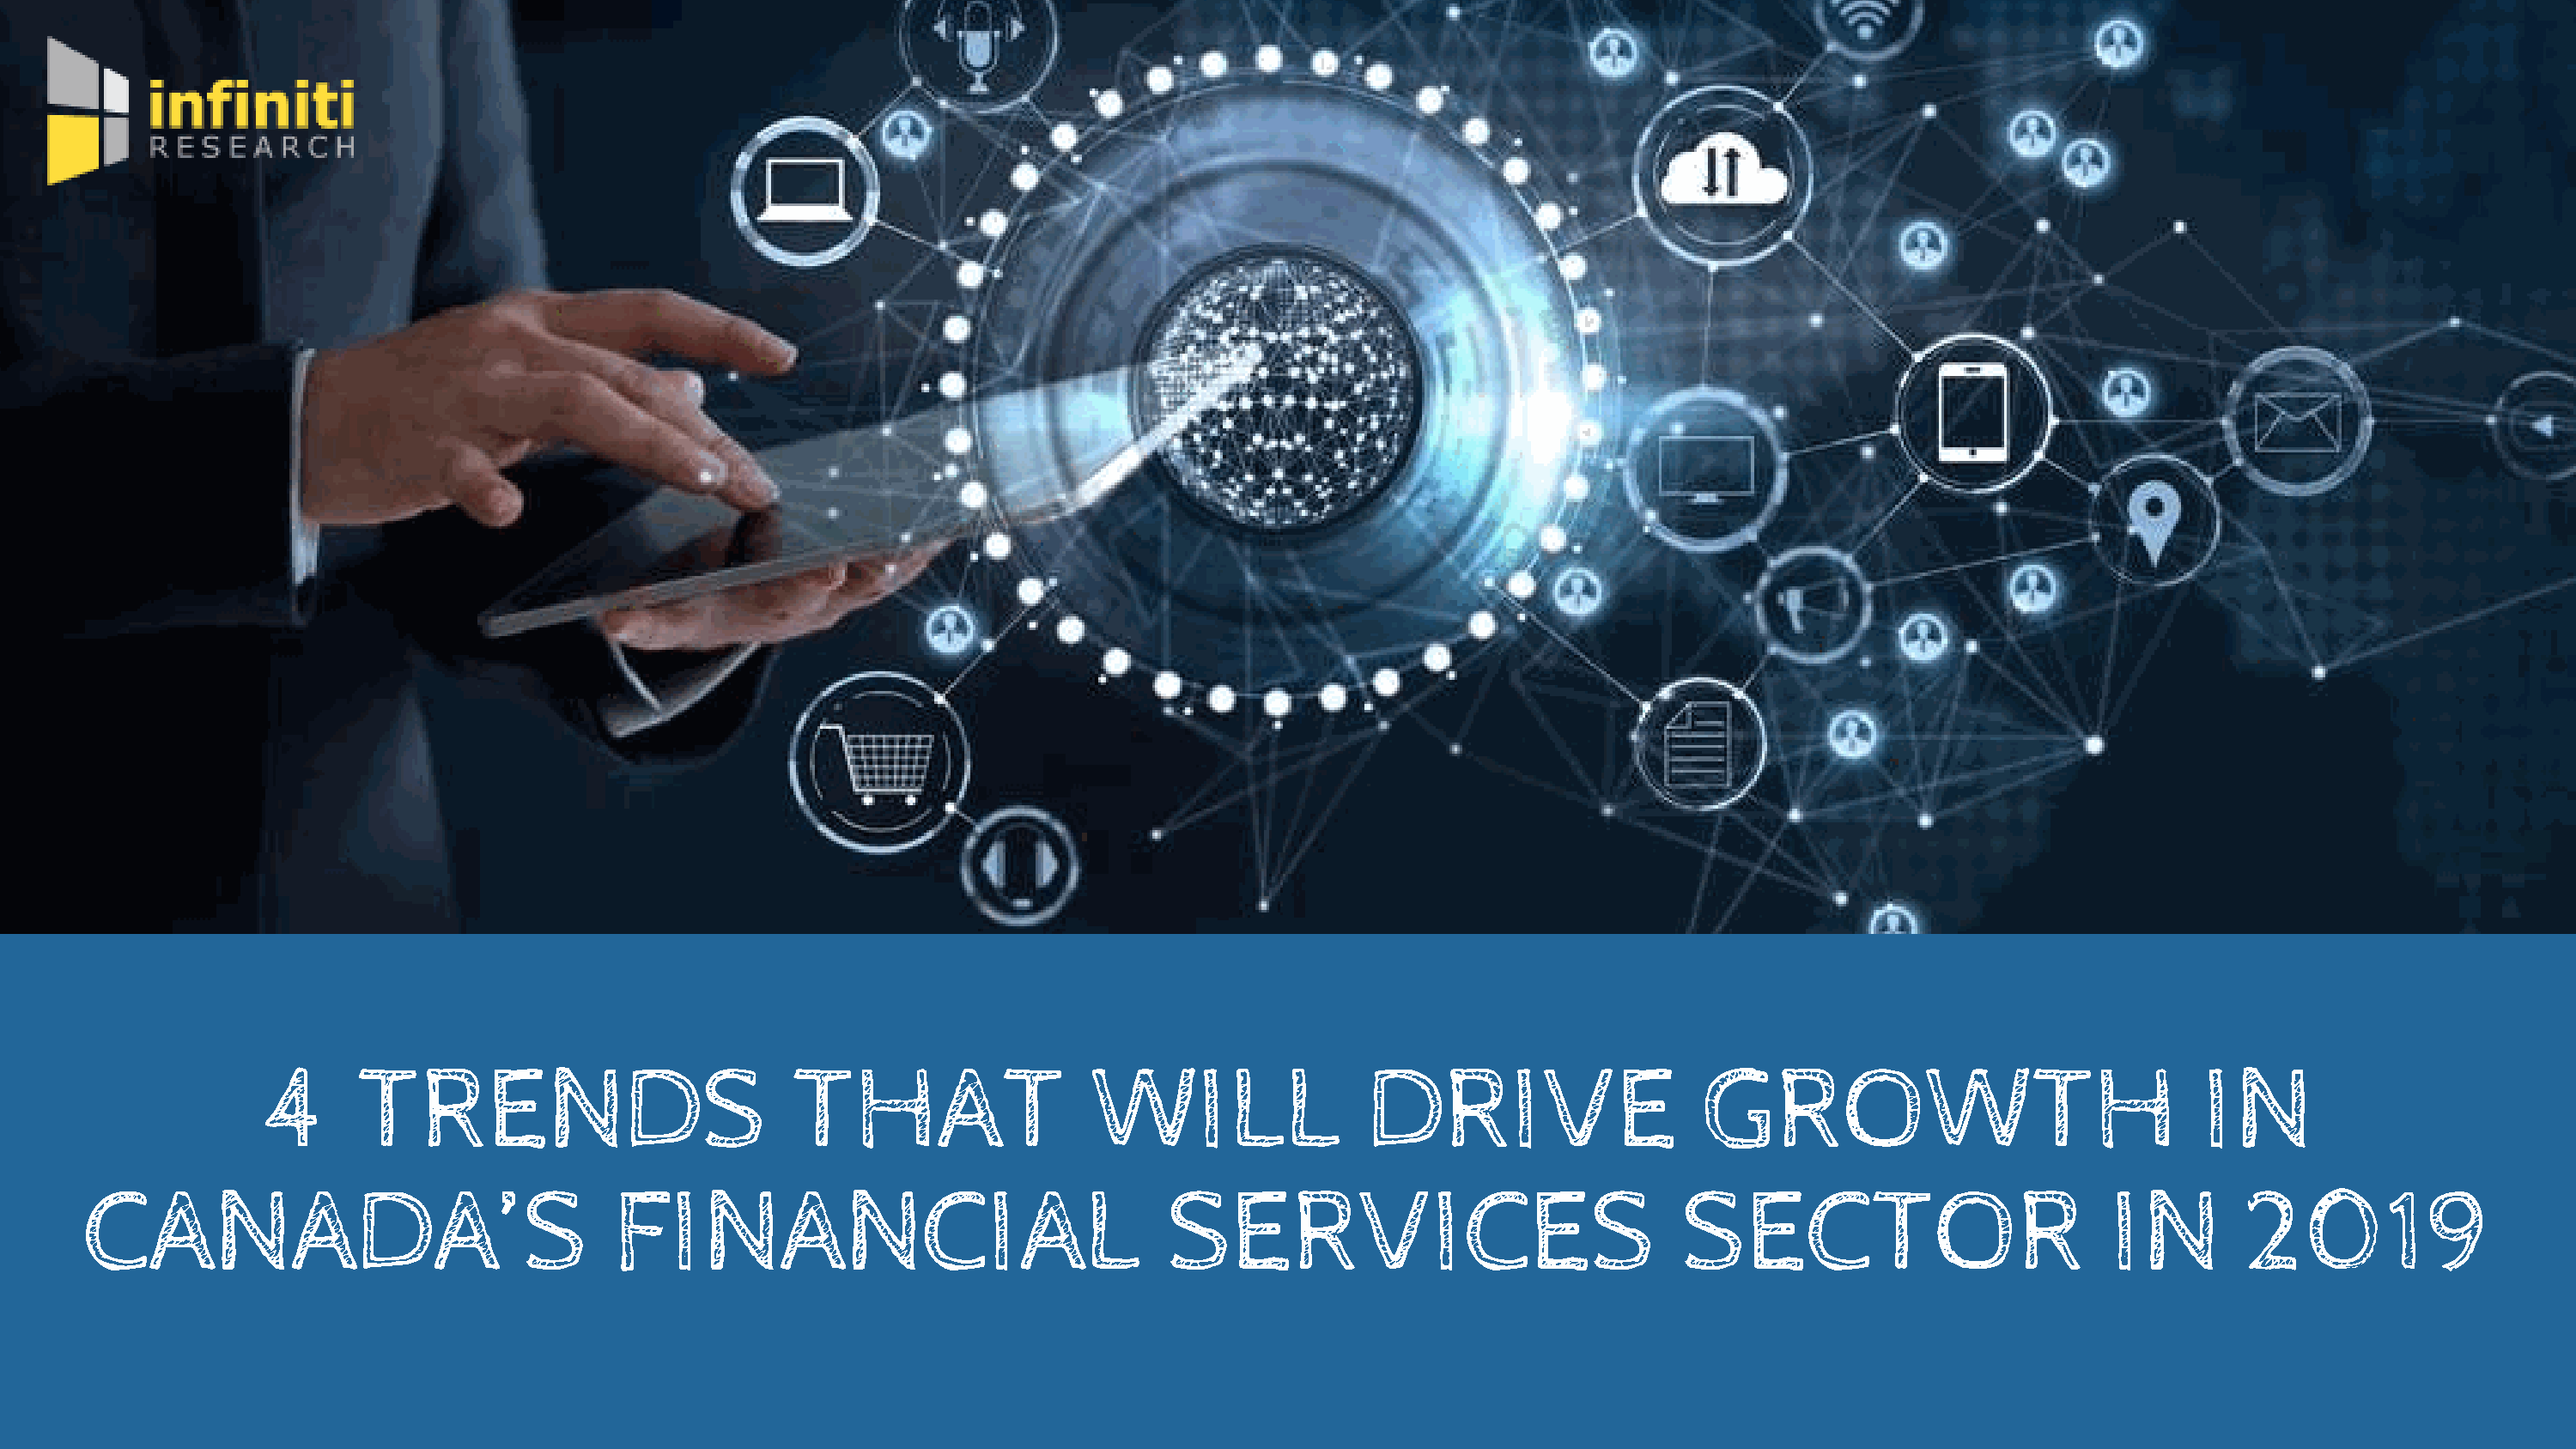
4       TRENDS                           THAT                   WILL                 DRIVE                     GROWTH                                 IN
 CANADA’S                                 FINANCIAL                                  SERVICES                                SECTOR                           IN        2019